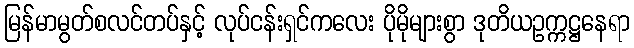
မြန်မာမွတ်စလင်တပ်နှင့် လုပ်ငန်းရှင်ကလေး ပိုမိုများစွာ ဒုတိယဥက္ကဋ္ဌနေရာ